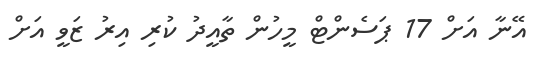
އޭނާ އަށް 17 ޕަސެންޓް މީހުން ތާއީދު ކުރި އިރު ޒަވީ އަށް